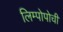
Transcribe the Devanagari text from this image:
लिम्पोपोची